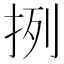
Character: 挒